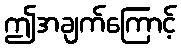
ဤအချက်ကြောင့်